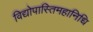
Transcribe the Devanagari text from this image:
विद्योपास्तिमहानिधि